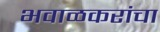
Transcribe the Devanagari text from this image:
भवाळकरांचा